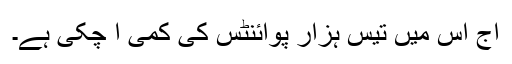
آج اس میں تیس ہزار پوائنٹس کی کمی آ چکی ہے۔